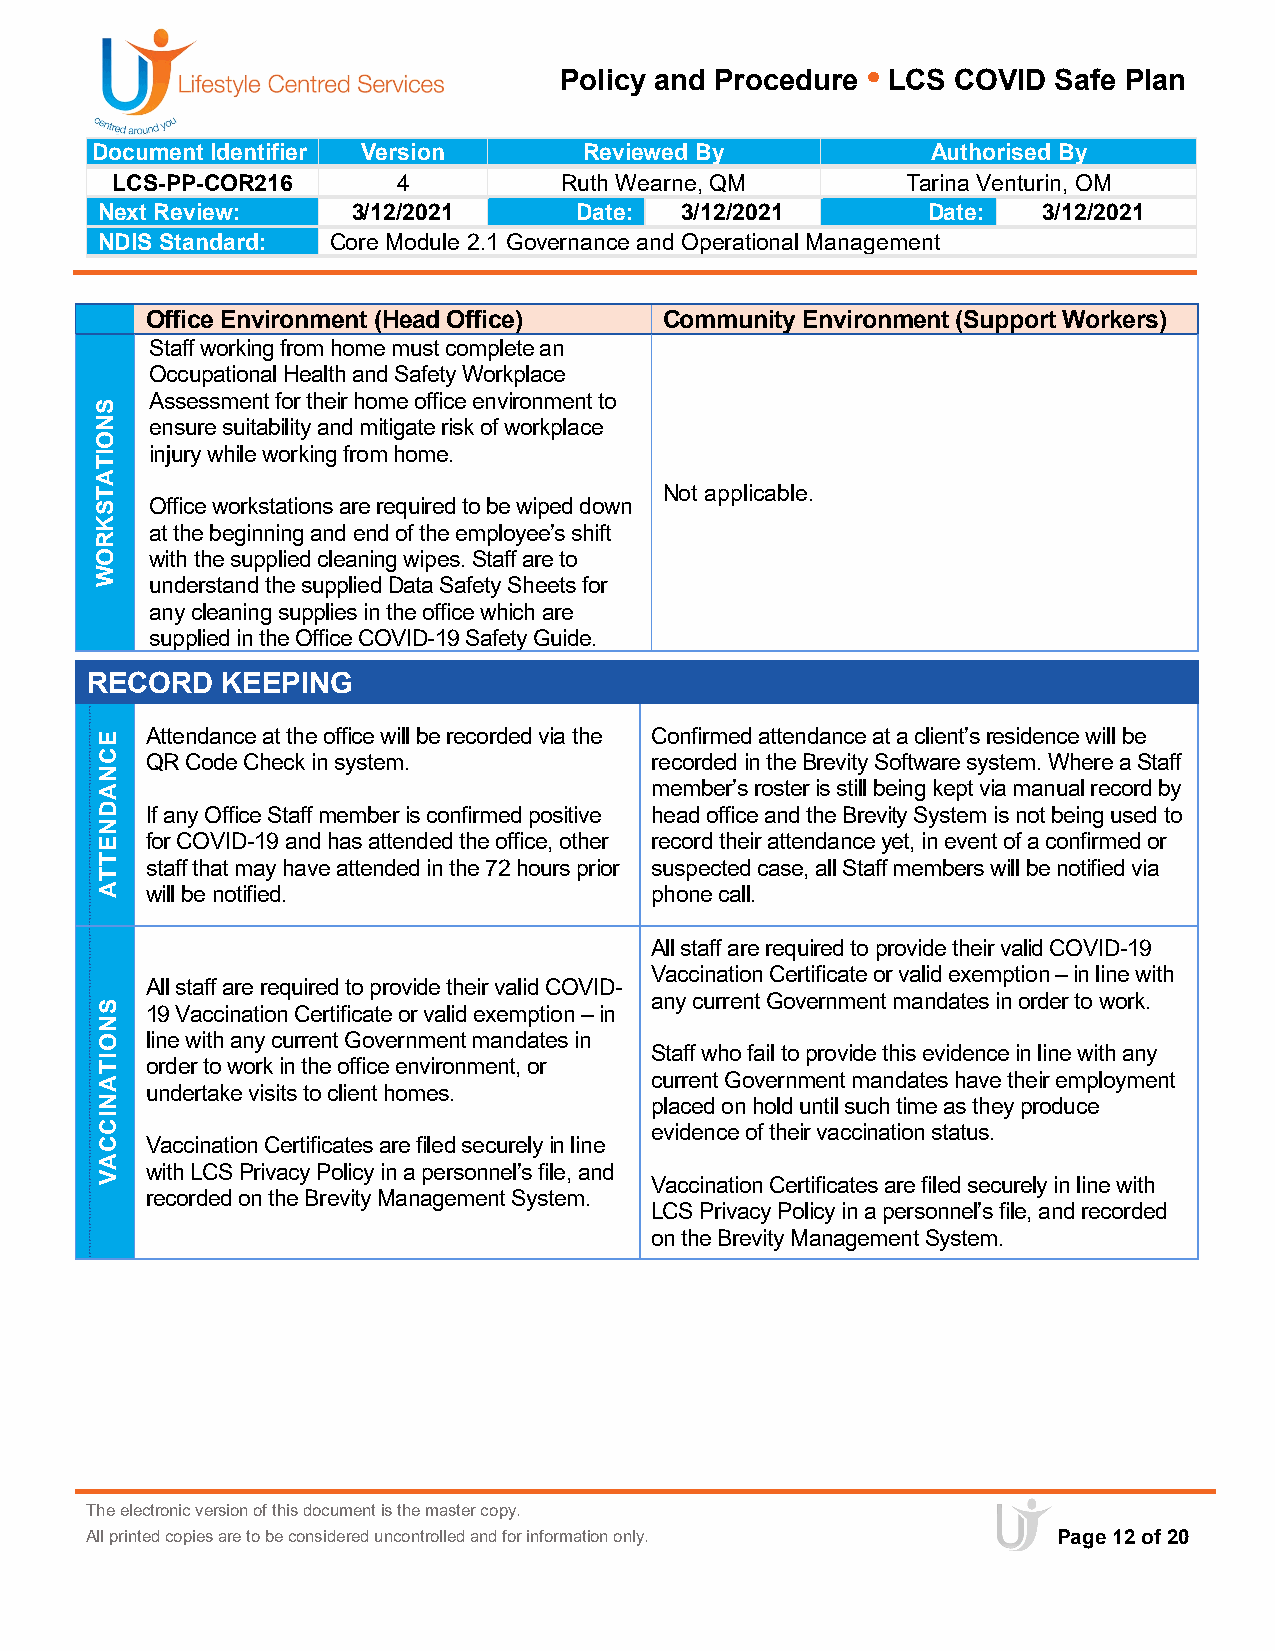
Policy and Procedure • LCS COVID Safe Plan
 Document Identifier Version      Reviewed By            Authorised By
 LCS-PP-COR216      4          Ruth Wearne, QM        Tarina Venturin, OM
 Next Review:     3/12/2021      Date:  3/12/2021       Date:   3/12/2021
 NDIS Standard:  Core Module 2.1 Governance and Operational Management
 Office Environment (Head Office)  Community Environment (Support Workers)
 Staff working from home must complete an
 Occupational Health and Safety Workplace
 Assessment for their home office environment to
 ensure suitability and mitigate risk of workplace
 injury while working from home.
 Not applicable.
 Office workstations are required to be wiped down
 at the beginning and end of the employee’s shift
 with the supplied cleaning wipes. Staff are to
 understand the supplied Data Safety Sheets for
 any cleaning supplies in the office which are
 supplied in the Office COVID-19 Safety Guide.
 RECORD   KEEPING
 Attendance at the office will be recorded via the Confirmed attendance at a client’s residence will be
 QR Code Check in system.         recorded in the Brevity Software system. Where a Staff
 member’s roster is still being kept via manual record by
 If any Office Staff member is confirmed positive head office and the Brevity System is not being used to
 for COVID-19 and has attended the office, other record their attendance yet, in event of a confirmed or
 staff that may have attended in the 72 hours prior suspected case, all Staff members will be notified via
 will be notified.                phone call.
 All staff are required to provide their valid COVID-19
 Vaccination Certificate or valid exemption – in line with
 All staff are required to provide their valid COVID-
 any current Government mandates in order to work.
 19 Vaccination Certificate or valid exemption – in
 line with any current Government mandates in
 Staff who fail to provide this evidence in line with any
 order to work in the office environment, or
 current Government mandates have their employment
 undertake visits to client homes.
 placed on hold until such time as they produce
 evidence of their vaccination status.
 Vaccination Certificates are filed securely in line
 with LCS Privacy Policy in a personnel’s file, and
 Vaccination Certificates are filed securely in line with
 recorded on the Brevity Management System.
 LCS Privacy Policy in a personnel’s file, and recorded
 on the Brevity Management System.
 The electronic version of this document is the master copy.
 All printed copies are to be considered uncontrolled and for information only. Page 12 of 20
 SNOITATSKROW
 ECNADNETTA
 SNOITANICCAV